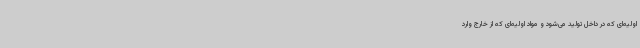
اولیه‌ای که در داخل تولید می‌شود و مواد اولیه‌ای که از خارج وارد